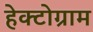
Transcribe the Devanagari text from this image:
हेक्टोग्राम